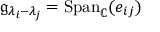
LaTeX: { \mathfrak { g } } _ { \lambda _ { i } - \lambda _ { j } } = { \mathrm { S p a n } } _ { \mathbb { C } } ( e _ { i j } )